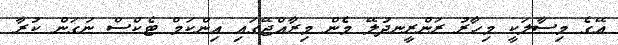
އޭގެ މިސާލަކީ މިހާރު ރަންރީނދުލޭ މެން މިރާއްޖޭގައި އިންކަމް ޓެކްސް ނަގަން ކުރާ